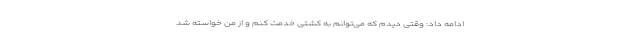
ادامه داد: وقتی دیدم که می‌توانم به کشتی خدمت کنم و از من خواسته شد